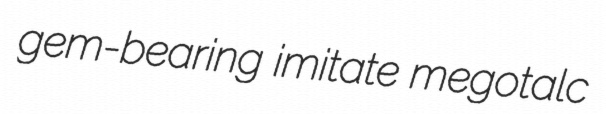
gem-bearing imitate megotalc